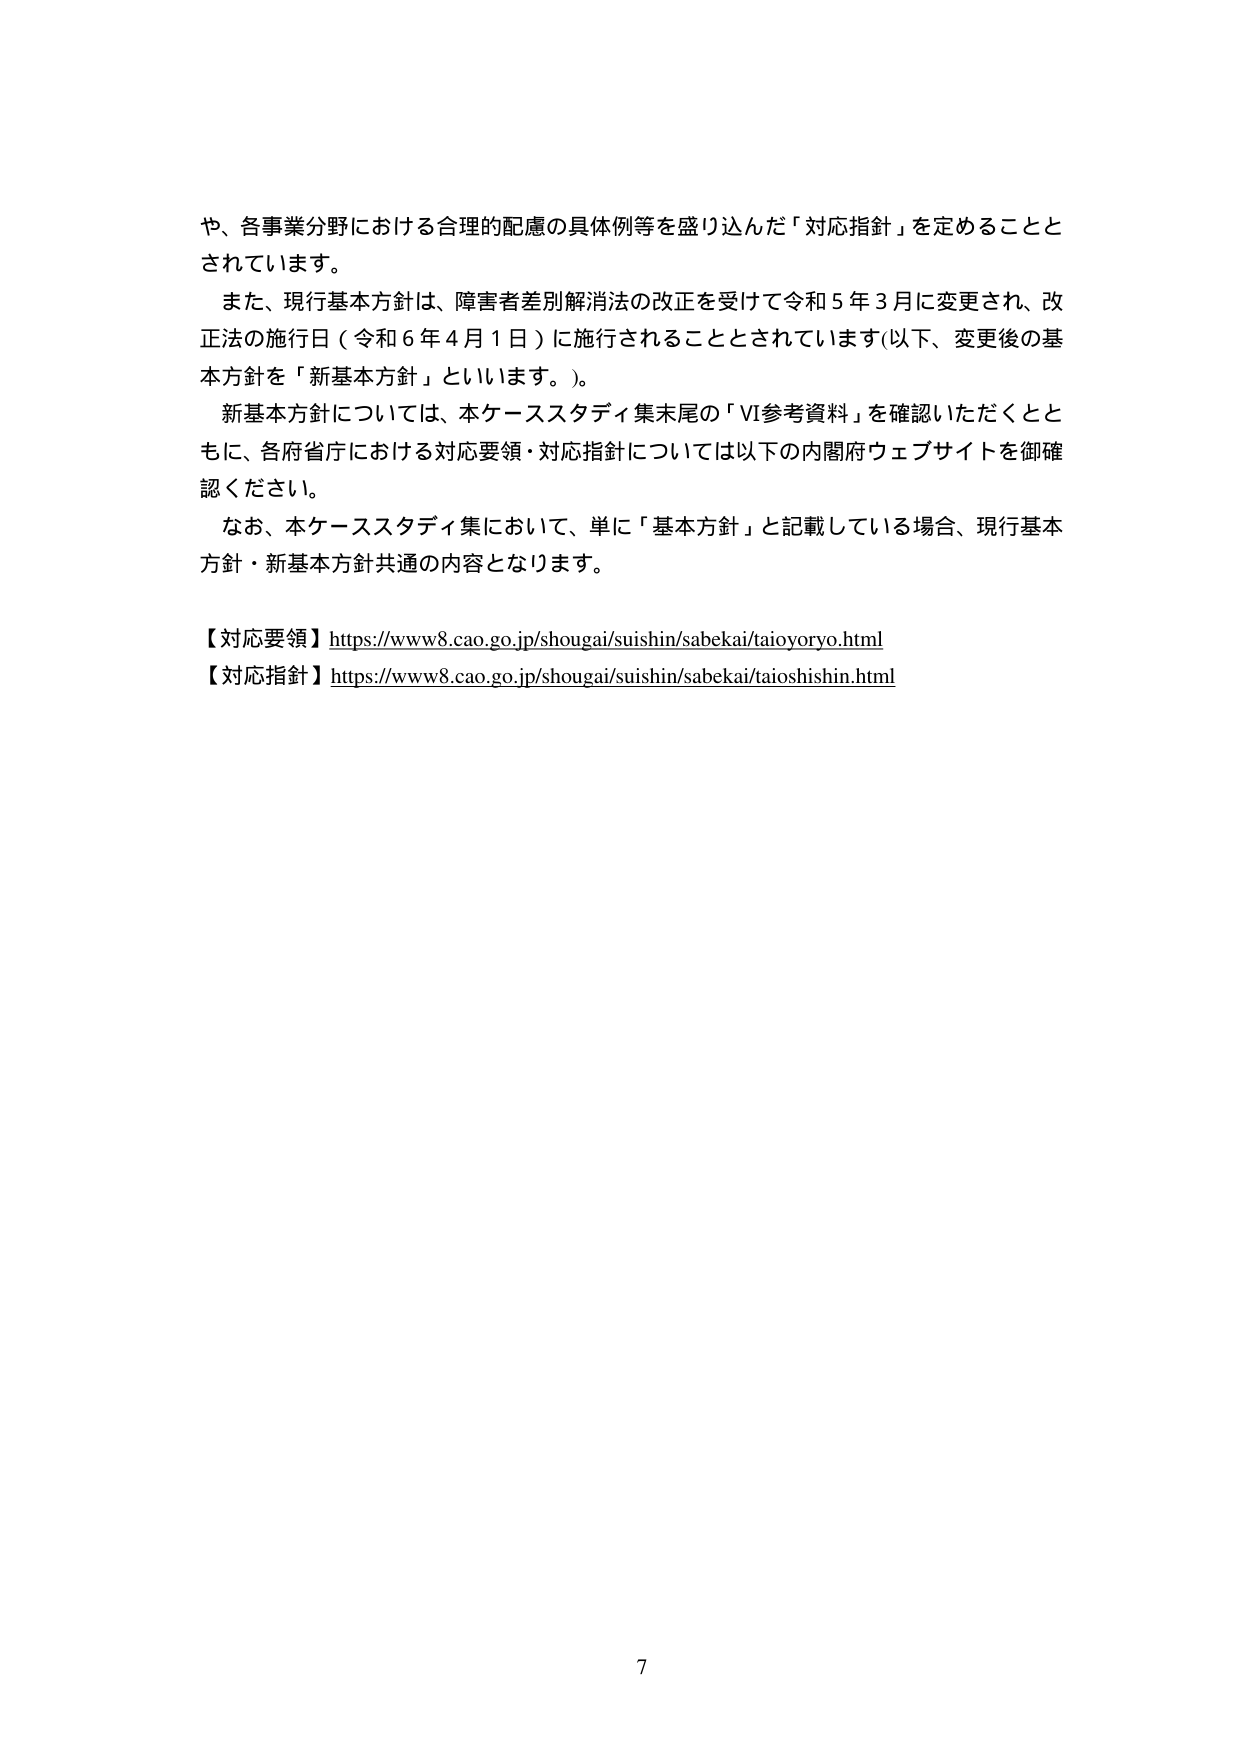
や、各事業分野における合理的配慮の具体例等を盛り込んだ「対応指針」を定めることとされています。

また、現行基本方針は、障害者差別解消法の改正を受けて令和５年３月に変更され、改正法の施行日（令和６年４月１日）に施行されることとされています（以下、変更後の基本方針を「新基本方針」といいます。）。

新基本方針については、本ケーススタディ集末尾の「Ⅵ参考資料」を確認いただくとともに、各府省庁における対応要領・対応指針については以下の内閣府ウェブサイトを御確認ください。

なお、本ケーススタディ集において、単に「基本方針」と記載している場合、現行基本方針・新基本方針共通の内容となります。

【対応要領】https://www8.cao.go.jp/shougai/suishin/sabekai/taioyoryo.html
【対応指針】https://www8.cao.go.jp/shougai/suishin/sabekai/taioshishin.html

7